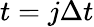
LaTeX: t=j\Delta t